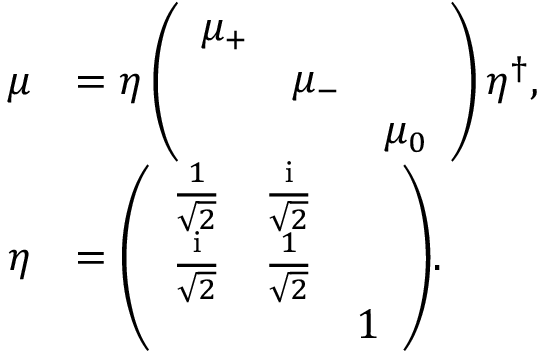
\begin{array} { r l } { \boldsymbol { \mu } } & { = \boldsymbol { \eta } \left( \begin{array} { l l l } { \mu _ { + } } & & \\ & { \mu _ { - } } & \\ & & { \mu _ { 0 } } \end{array} \right) \boldsymbol { \eta } ^ { \dagger } , } \\ { \boldsymbol { \eta } } & { = \left( \begin{array} { l l l } { \frac { 1 } { \sqrt { 2 } } } & { \frac { \mathrm { i } } { \sqrt { 2 } } } & \\ { \frac { \mathrm { i } } { \sqrt { 2 } } } & { \frac { 1 } { \sqrt { 2 } } } & \\ & & { 1 } \end{array} \right) \! . } \end{array}